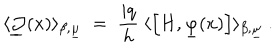
\langle \underline { { { { \mathcal J } } } } ( x ) \rangle _ { \beta , \underline { { { \mu } } } } \; = \; \frac { i q } { h } ~ \langle \left[ H , \underline { { { \varphi } } } ( x ) \right] \rangle _ { \beta , \underline { { { \mu } } } } ~ .